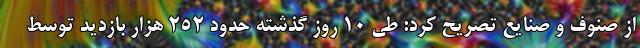
از صنوف و صنایع تصریح کرد: طی 10 روز گذشته حدود 252 هزار بازدید توسط